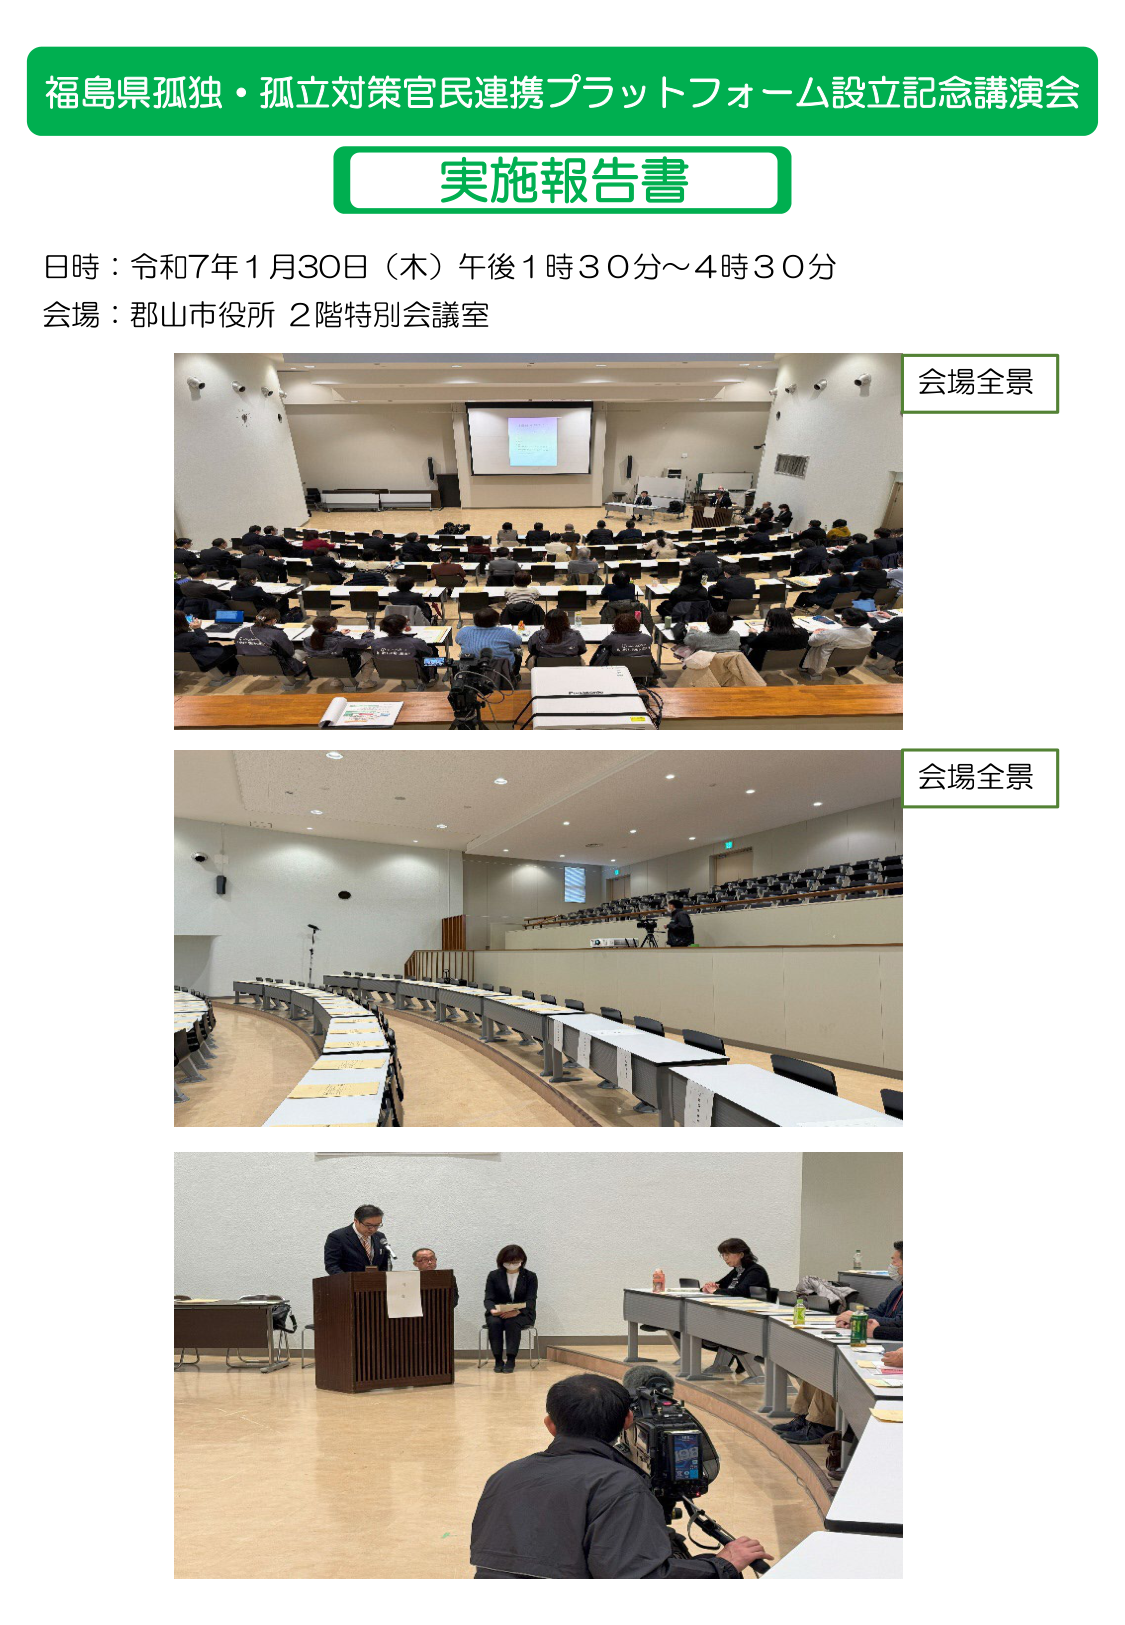
福島県孤独・孤立対策官民連携プラットフォーム設立記念講演会
実施報告書
日時：令和7年1月30日（木）午後1時30分～4時30分
会場：郡山市役所 2階特別会議室
会場全景
会場全景